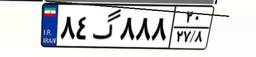
۸۴گ۸۸۸۲۰